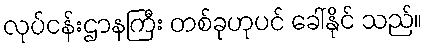
လုပ်ငန်းဌာနကြီး တစ်ခုဟုပင် ခေါ်နိုင် သည်။